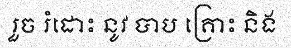
រួច រំដោះ នូវ បាប គ្រោះ និង